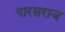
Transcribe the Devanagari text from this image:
पारसराज